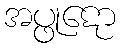
အပ္ဖုဋော